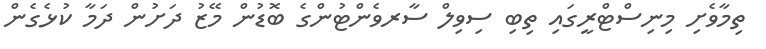
ތިމާވެށި މިނިސްޓްރީގައި ތިބި ސިވިލް ސާރވެންޓުންގެ ބޮޑުން މޭޒު ދަށުން ދަމާ ކުޅެގެން